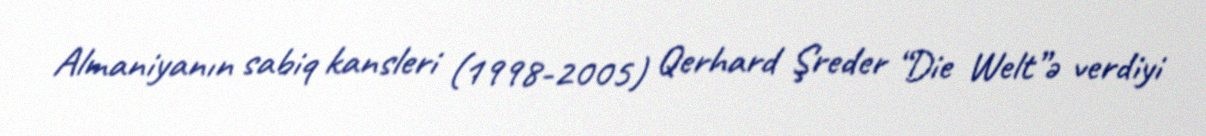
Almaniyanın sabiq kansleri (1998-2005) Qerhard Şreder “Die Welt”ə verdiyi